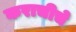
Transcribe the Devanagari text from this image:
कराचीचे